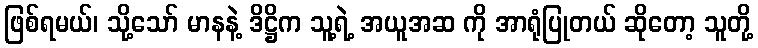
ဖြစ်ရမယ်၊ သို့သော် မာနနဲ့ ဒိဋ္ဌိက သူ့ရဲ့ အယူအဆ ကို အာရုံပြုတယ် ဆိုတော့ သူတို့